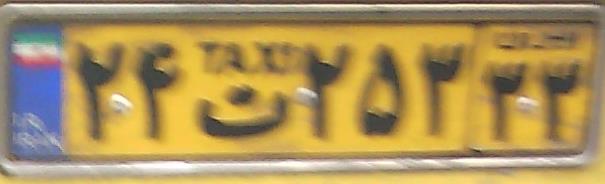
۲۴ت۲۵۳۳۳